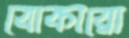
বোকারো